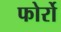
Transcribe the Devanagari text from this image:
फोर्रो